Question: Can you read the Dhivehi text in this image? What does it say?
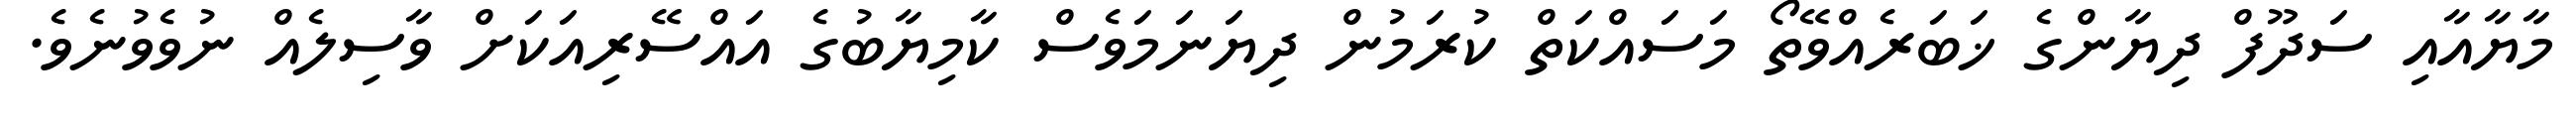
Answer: މާޔާއާއި ސަދޫފް ދިޔާންގެ ޚަބަރެއްވޭތޯ މަސައްކަތް ކުރަމުން ދިޔަނަމަވެސް ކާމިޔާބުގެ އައްސޭރިއަކަށް ވާސިލެއް ނުވެވުނެވެ.